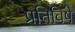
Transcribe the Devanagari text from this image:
प्रतिविषे